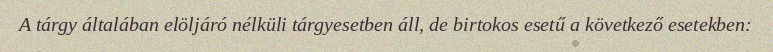
A tárgy általában elöljáró nélküli tárgyesetben áll, de birtokos esetű a következő esetekben: